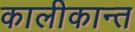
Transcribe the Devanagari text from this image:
कालीकान्त